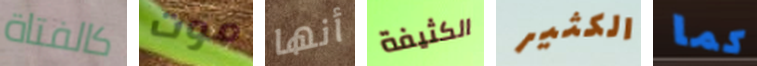
كالفتاة موت أنها الكثيفة الكثير كما